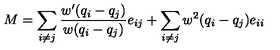
M = \sum _ { i \neq j } \frac { w ^ { \prime } ( q _ { i } - q _ { j } ) } { w ( q _ { i } - q _ { j } ) } e _ { i j } + \sum _ { i \neq j } w ^ { 2 } ( q _ { i } - q _ { j } ) e _ { i i }